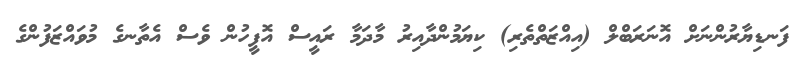
ފަނޑިޔާރުންނަށް އޮނަރަބްލް (އިއްޒަތްތެރި) ކިޔަމުންދާއިރު މާދަމާ ރައީސް އޮފީހުން ވެސް އެތާނގެ މުވައްޒަފުންގެ